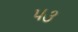
પ૩